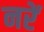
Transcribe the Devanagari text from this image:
नरें